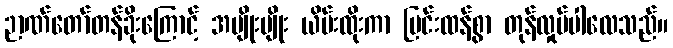
ဉာဏ်တော်တန်ခိုးကြောင့် အမျိုးမျိုး ယိမ်းထိုးကာ ပြင်းထန်စွာ တုန်လှုပ်ပါလေသည်။